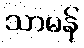
သာမန်